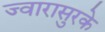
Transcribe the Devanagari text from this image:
ज्वारासुरके